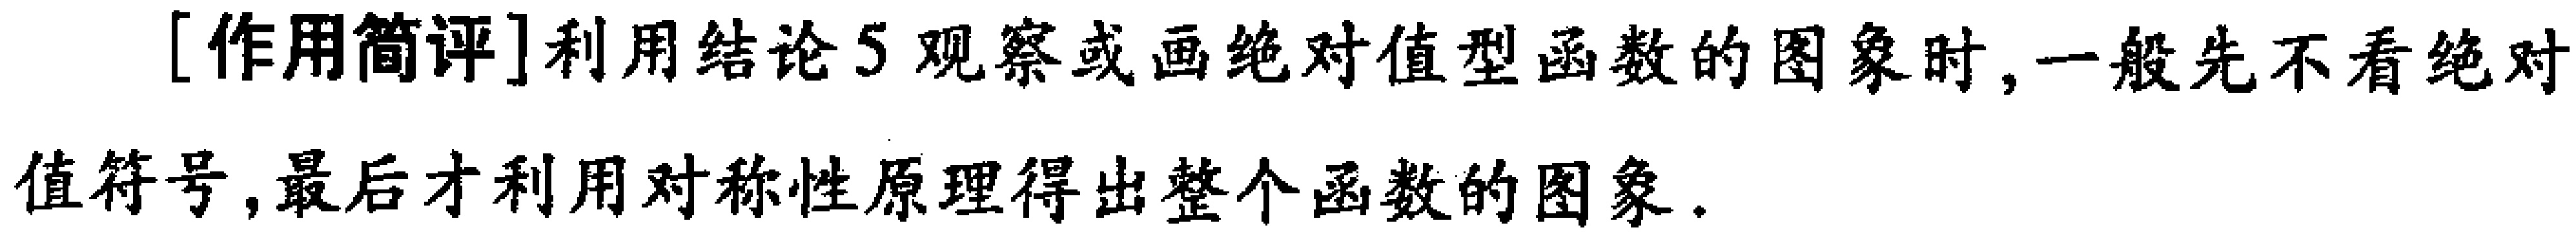
[作用简评]利用结论5观察或画绝对值型函数的图象时,一般先不看绝对值符号,最后才利用对称性原理得出整个函数的图象.